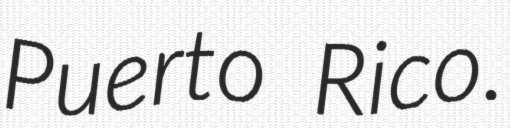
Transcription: Puerto Rico.